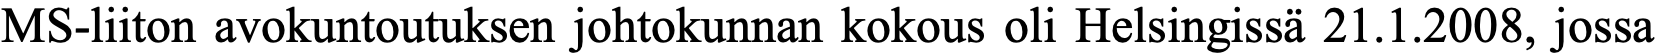
MS-liiton avokuntoutuksen johtokunnan kokous oli Helsingissä 21.1.2008, jossa